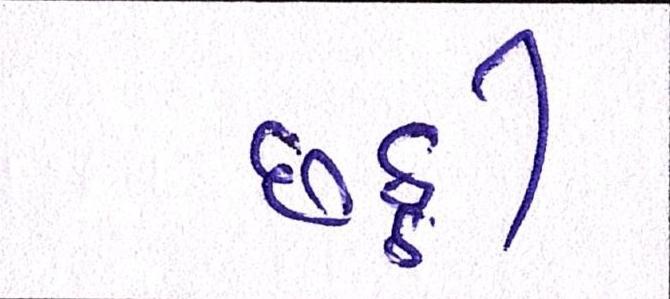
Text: છઠ્ઠી